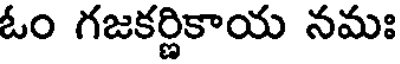
ఓం గజకర్ణికాయ నమః